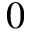
0